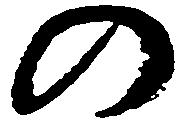
の